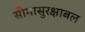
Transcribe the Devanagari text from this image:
सीमासुरक्षाबल